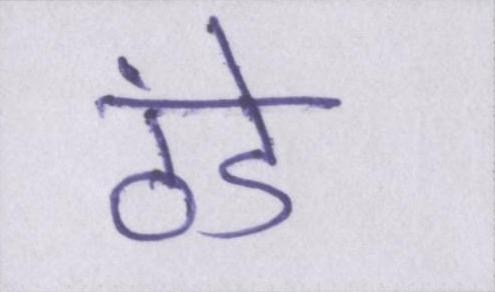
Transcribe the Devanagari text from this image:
ठंडे